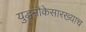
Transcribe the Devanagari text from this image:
युद्धनौकेसारख्याच